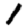
Digit: 1